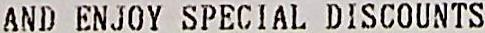
AND ENJOY SPECIAL DISCOUNTS